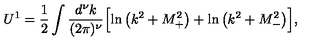
U ^ { 1 } = \frac { 1 } { 2 } \int \frac { d ^ { \nu } k } { ( 2 \pi ) ^ { \nu } } \Bigl [ \ln \left( k ^ { 2 } + M _ { + } ^ { 2 } \right) + \ln \left( k ^ { 2 } + M _ { - } ^ { 2 } \right) \Bigr ] ,